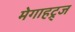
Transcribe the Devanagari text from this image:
मेगाहट्र्ज